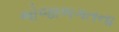
ભોજાભગતના